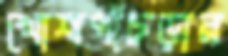
খোশপাঁচড়ার